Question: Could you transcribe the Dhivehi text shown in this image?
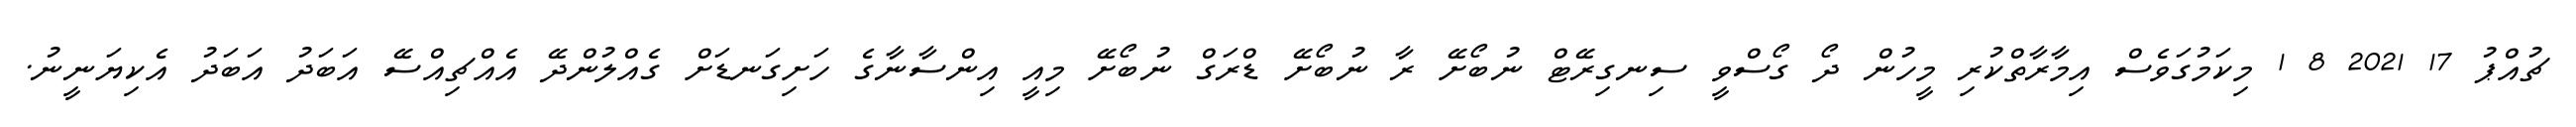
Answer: ޗުއްޕު 17 2021 8 1 މިކަމުގަވެސް އިމާރާތްކުރި މީހުން ދޯ ގޯސްވީ ސިނގިރޭޓް ނުބޯށޭ ރާ ނުބޯށޭ ޑްރަގް ނުބޯށޭ މިއީ އިންސާނާގެ ހަށިގަނޑަށް ގެއްލުންދޭ އެއްޗިއްސޭ އަބަދު އަބަދު އެކިޔަނީނު.